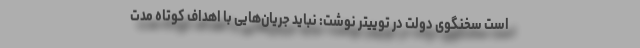
است سخنگوی دولت در توییتر نوشت: نباید جریان‌هایی با اهداف کوتاه‌ مدت